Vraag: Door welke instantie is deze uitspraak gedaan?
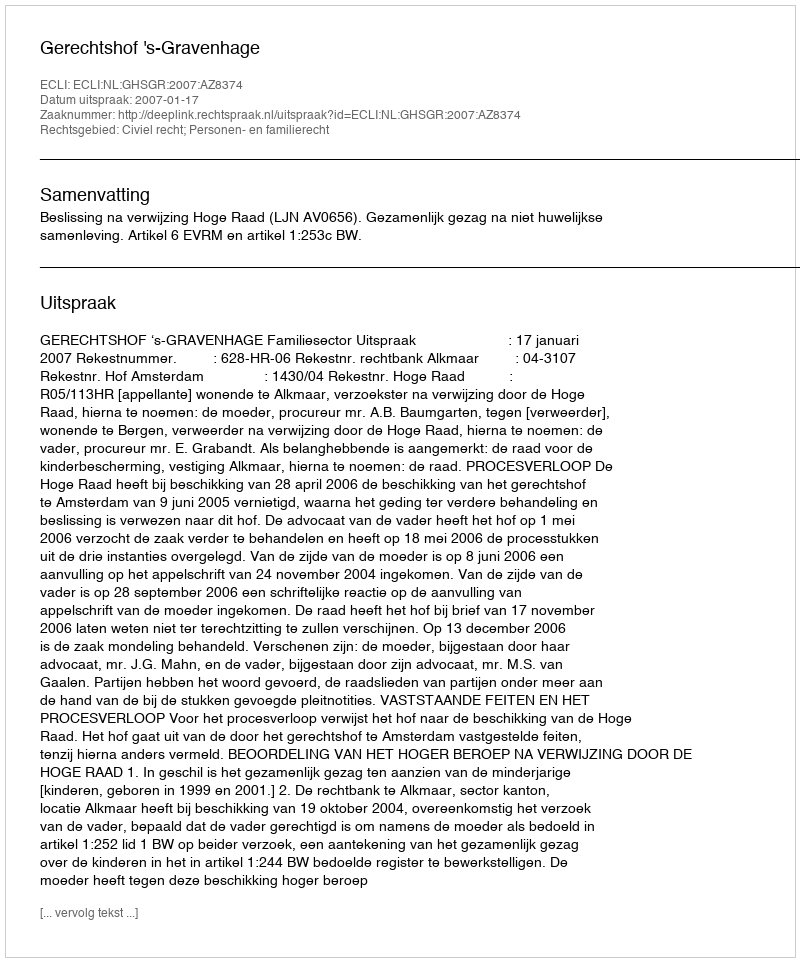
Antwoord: Gerechtshof 's-Gravenhage